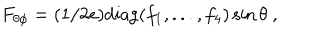
F _ { \theta \phi } = ( 1 / 2 e ) \mathrm { d i a g } ( f _ { 1 } , . . . , f _ { 4 } ) \sin \theta \ ,